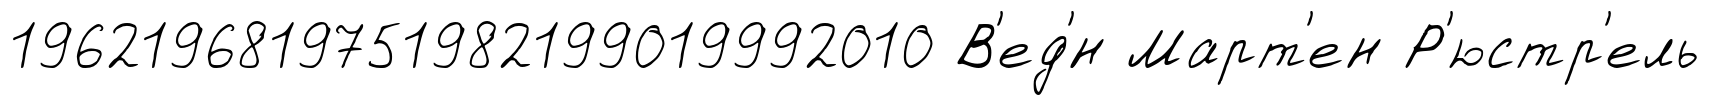
1962196819751982199019992010 В'ед'́н Март'ен Р'юстр'ель